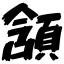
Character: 頷